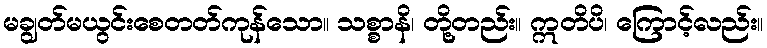
မချွတ်မယွင်းစေတတ်ကုန်သော။ သစ္စာနိ၊ တို့တည်း။ ဣတိပိ၊ ကြောင့်လည်း။